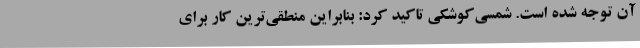
آن توجه شده است. شمسی‌کوشکی تاکید کرد: بنابراین منطقی‌ترین کار برای